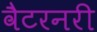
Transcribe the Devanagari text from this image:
वैटरनरी